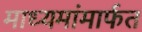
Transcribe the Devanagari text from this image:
माध्यमांमार्फत